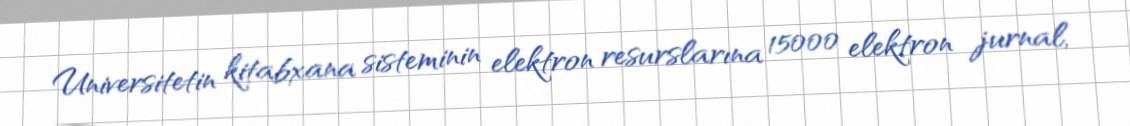
Universitetin kitabxana sisteminin elektron resurslarına 15000 elektron jurnal,